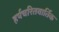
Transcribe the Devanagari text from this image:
हर्षचरितवार्तिक